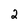
Character: 2